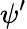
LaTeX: \psi^{\prime}